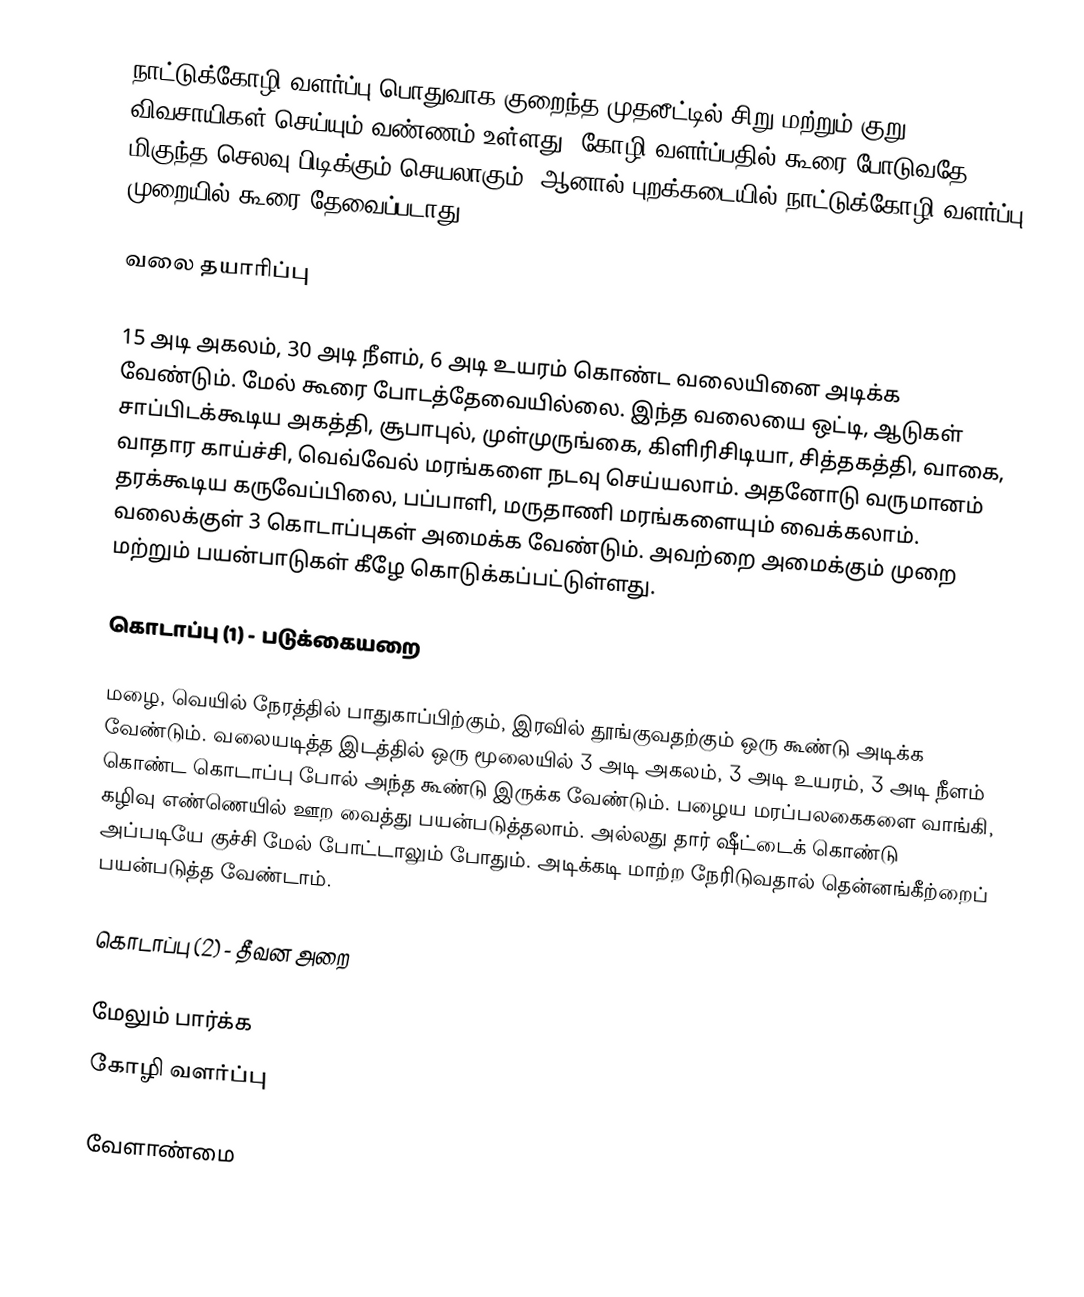
நாட்டுக்கோழி வளர்ப்பு பொதுவாக குறைந்த முதலீட்டில் சிறு மற்றும் குறு விவசாயிகள் செய்யும் வண்ணம் உள்ளது. கோழி வளர்ப்பதில் கூரை போடுவதே மிகுந்த செலவு பிடிக்கும் செயலாகும். ஆனால் புறக்கடையில் நாட்டுக்கோழி வளர்ப்பு முறையில் கூரை தேவைப்படாது.

வலை தயாரிப்பு

15 அடி அகலம், 30 அடி நீளம், 6 அடி உயரம் கொண்ட வலையினை அடிக்க வேண்டும். மேல் கூரை போடத்தேவையில்லை. இந்த வலையை ஒட்டி, ஆடுகள் சாப்பிடக்கூடிய அகத்தி, சூபாபுல், முள்முருங்கை, கிளிரிசிடியா, சித்தகத்தி, வாகை, வாதார காய்ச்சி, வெவ்வேல் மரங்களை நடவு செய்யலாம். அதனோடு வருமானம் தரக்கூடிய கருவேப்பிலை, பப்பாளி, மருதாணி மரங்களையும் வைக்கலாம். வலைக்குள் 3 கொடாப்புகள் அமைக்க வேண்டும். அவற்றை அமைக்கும் முறை மற்றும் பயன்பாடுகள் கீழே கொடுக்கப்பட்டுள்ளது.

கொடாப்பு (1) - படுக்கையறை

மழை, வெயில் நேரத்தில் பாதுகாப்பிற்கும், இரவில் தூங்குவதற்கும் ஒரு கூண்டு அடிக்க வேண்டும். வலையடித்த இடத்தில் ஒரு மூலையில் 3 அடி அகலம், 3 அடி உயரம், 3 அடி நீளம் கொண்ட கொடாப்பு போல் அந்த கூண்டு இருக்க வேண்டும். பழைய மரப்பலகைகளை வாங்கி, கழிவு எண்ணெயில் ஊற வைத்து பயன்படுத்தலாம். அல்லது தார் ஷீட்டைக் கொண்டு அப்படியே குச்சி மேல் போட்டாலும் போதும். அடிக்கடி மாற்ற நேரிடுவதால் தென்னங்கீற்றைப் பயன்படுத்த வேண்டாம்.

கொடாப்பு (2) - தீவன அறை

மேலும் பார்க்க
 கோழி வளர்ப்பு

வேளாண்மை